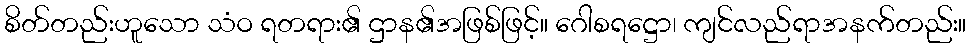
စိတ်တည်းဟူသော သံဝ ရတရား၏ ဌာန၏အဖြစ်ဖြင့်။ ဂေါစရဋ္ဌော၊ ကျင်လည်ရာအနက်တည်း။